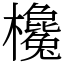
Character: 欃